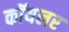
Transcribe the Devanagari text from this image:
कॉयलर